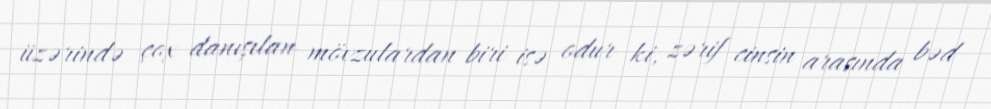
üzərində çox danışılan mövzulardan biri isə odur ki, zərif cinsin arasında bəd